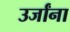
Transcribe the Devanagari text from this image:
उर्जांना